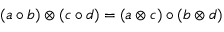
( a \circ b ) \otimes ( c \circ d ) = ( a \otimes c ) \circ ( b \otimes d )